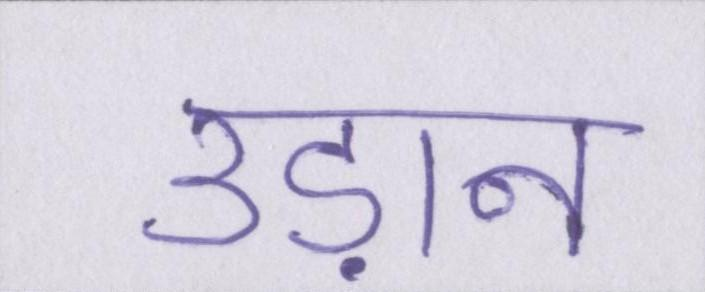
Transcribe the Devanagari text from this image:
उड़ान